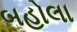
બહોલા